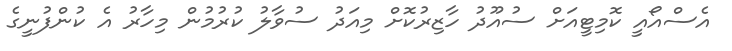
އެސްއޯއީ ކޮމިޓީއަށް ސުއޫދު ހާޒިރުކޮށް މިއަދު ސުވާލު ކުރުމުން މިހާރު އެ ކުންފުނީގެ